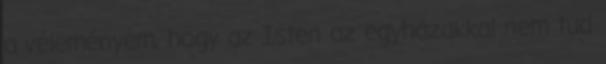
a véleményem, hogy az Isten az egyházakkal nem tud